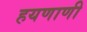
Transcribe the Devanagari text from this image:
हयणाणी